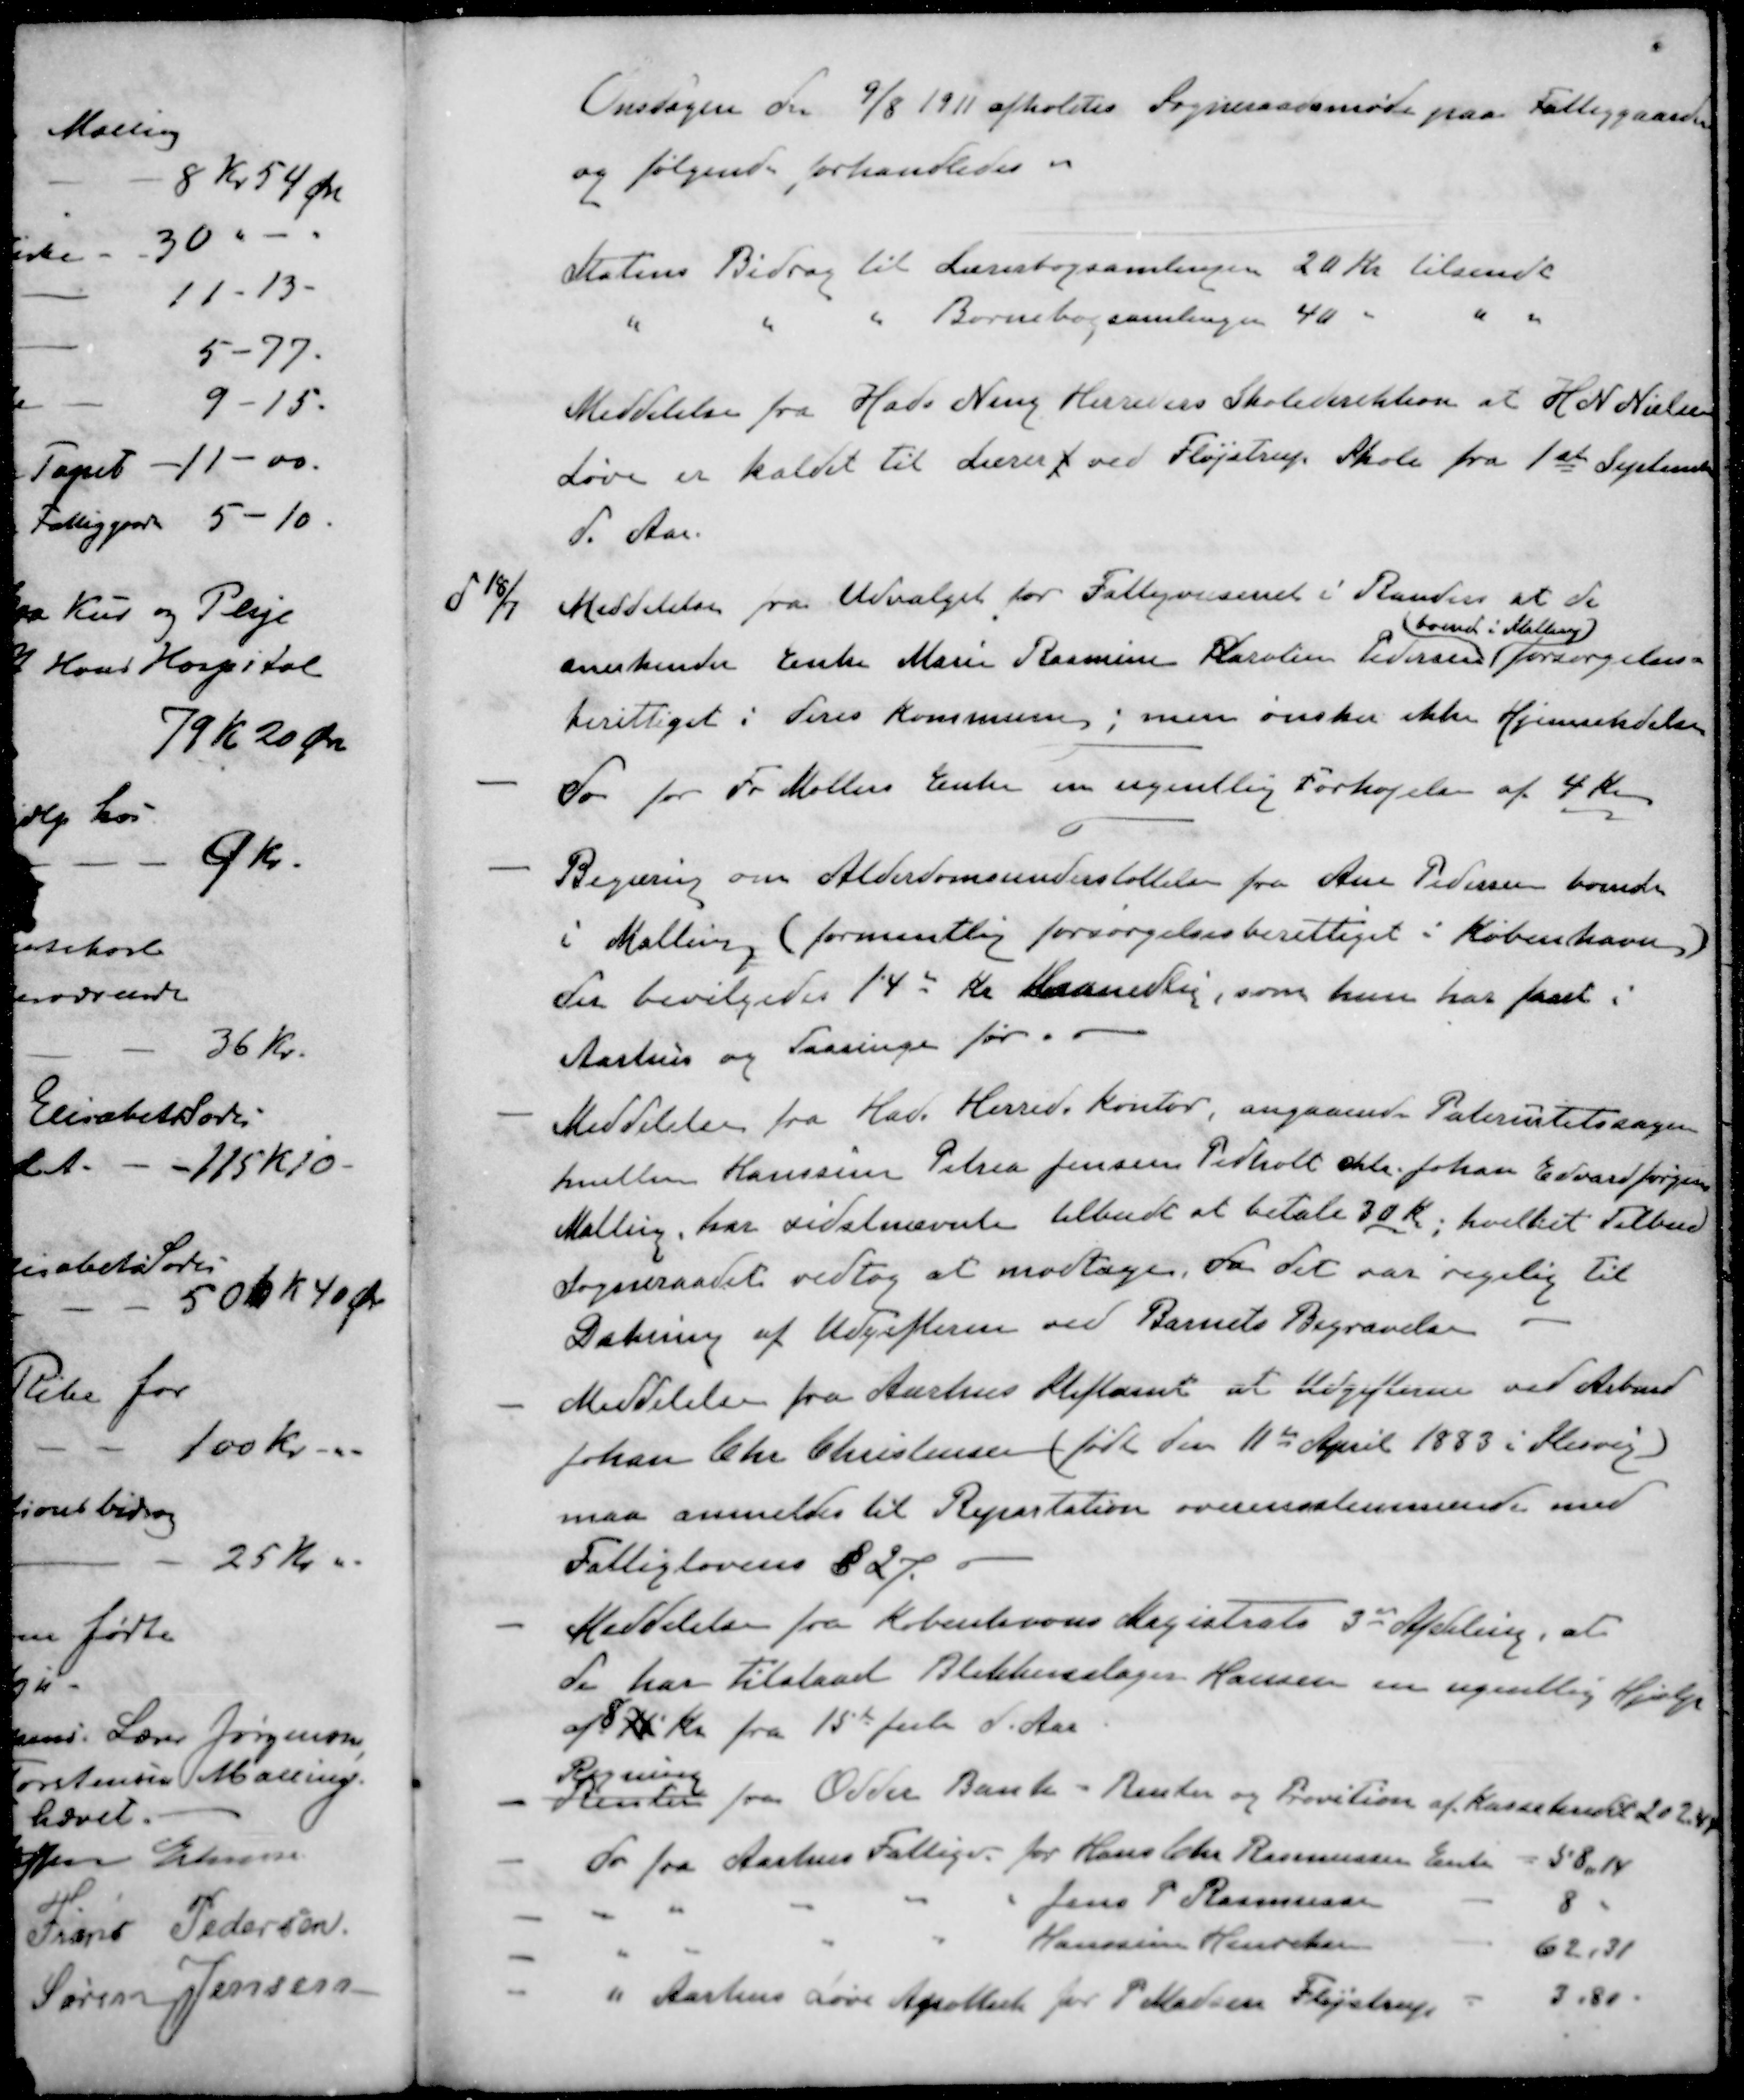
Transskription:
Onsdagen der 9/8 1911 afholdes Sogneraadsmøde paa Fattiggaarden
og følgende forhandledes.
Statens Bidrag til Lærerbogsamlingen 20 Kr tilsendt
" " " Børnebogsamlingen 40 " "
Meddelelse fra Hads Ning Herreders Skoledirektion at H. N. Nielsen
Løve er kaldet til Lærer f ved Fløjstrup Skole fra 1ste September
d. Aar.
d 18/7 Meddelelse fra Udvalget for Fattigvæsenet i Randers at de
boende i Malling
anerkender Enke Marie Rasmine Karolin Pedersen (forsørgelses-
berettiget i deres Kommune; men ønsker ikke Hjemsendelse
- do for Fr Møllers Enke en ugentlig Forhøjelse af 4 Kr
- Begæring om Alderdomsunderstøttelse fra Ane Pedersen boende
i Malling (formentlig forsørgelsesberettiget i København)
der bevilgedes 14 Kr Maanedlig, som hun har faaet.
Aarhus og Taasinge før
- Meddelelse fra Hads Herreds kontor, angaaende Paternistetssagen
mellen Hansine Petrea Jensen Pedholt chtr Johan Edvard Jørgensen
Malling, har sidstnævnte tilbudt at betale 30 Kr, hvilket Tilbud
Sogneraadet vedtog at modtage, da det var rigelig til
Dækning af Udgifterne ved Barnets Begravelse
- Meddelelse fra Aarhus Stiftamt at Udgifterne ved Arbmd
Johan Chr. Christensen (født den 11te April 1883 i Slesvig)
maa anmeldes til Repartation overensstemmende med
Fattiglovens § 27.
- Meddelelse fra Københavns Magistrats 3de Afdeling, at
de har tilstaaet Blikkenslager Hansen en ugentlig Hjælp
af 8 7 kr fra 15de Juli d. Aar
Regning
- Renter fra Odder Bank - Renter og Provition af kassebrevet 202.4
- do fra Aarhus Fattigv. for Hans Chr Rasmussen Enke
58,14
- " " " " " Jens P. Rasmussen
8
- " " " " Hanssine Henriksen
62.31
- " Aarhus Løve Apothek for P. Madsen Plejstrup
3,80